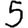
Digit: 5